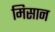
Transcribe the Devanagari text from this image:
मिसान